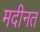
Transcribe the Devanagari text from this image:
मदीनत